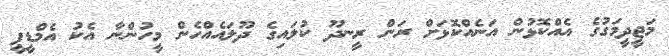
މަޖީދީމަގުގެ އެއްކޮޅުން އަނެއްކޮޅަށް ރަން ރީނދޫ ކުލައިގެ ދޫލައެއްހެން މީހުންނާ އެކު އެމްޑީޕީ